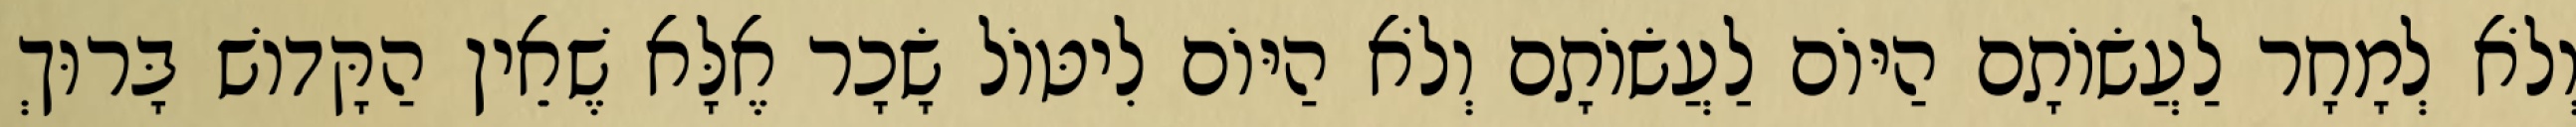
וְלֹא לְמָחָר לַעֲשׂוֹתָם הַיּוֹם לַעֲשׂוֹתָם וְלֹא הַיּוֹם לִיטּוֹל שָׂכָר אֶלָּא שֶׁאֵין הַקָּדוֹשׁ בָּרוּךְ